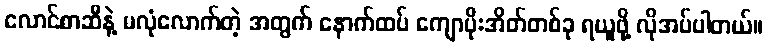
လောင်စာဆီနဲ့ မလုံလောက်တဲ့ အတွက် နောက်ထပ် ကျောပိုးအိတ်တစ်ခု ရယူဖို့ လိုအပ်ပါတယ်။